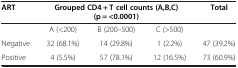
<table><thead><tr><td><b>ART</b></td><td colspan="3"><b>Grouped CD4 + T cell counts (A,B,C) (p = &lt;0.0001)</b></td><td><b>Total</b></td></tr></thead><tbody><tr><td> </td><td>A (&lt;200)</td><td>B (200–500)</td><td>C (&gt;500)</td><td> </td></tr><tr><td>Negative</td><td>32 (68.1%)</td><td>14 (29.8%)</td><td>1 (2.2%)</td><td>47 (39.2%)</td></tr><tr><td>Positive</td><td>4 (5.5%)</td><td>57 (78.1%)</td><td>12 (16.5%)</td><td>73 (60.9%)</td></tr></tbody></table>